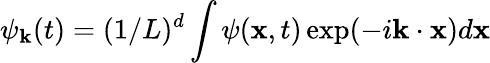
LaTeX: \psi_{\mathbf k}(t)=(1/L)^{d}\int\psi({\mathbf x},t)\exp(-i{\mathbf k}\cdot{\mathbf x})d{\mathbf x}